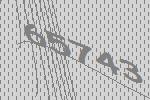
65743